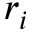
r _ { i }